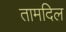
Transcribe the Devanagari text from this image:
तामदिल